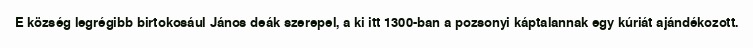
E község legrégibb birtokosául János deák szerepel, a ki itt 1300-ban a pozsonyi káptalannak egy kúriát ajándékozott.